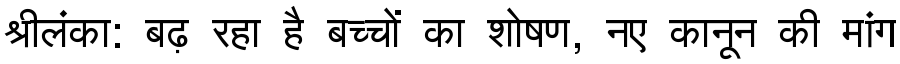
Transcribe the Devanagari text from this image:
श्रीलंका: बढ़ रहा है बच्चों का शोषण, नए कानून की मांग